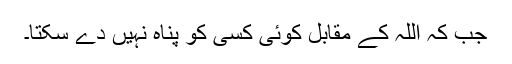
جب کہ اللہ کے مقابل کوئی کسی کو پناہ نہیں دے سکتا۔